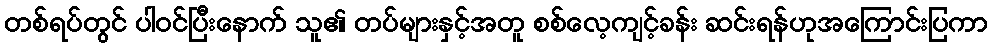
တစ်ရပ်တွင် ပါဝင်ပြီးနောက် သူ၏ တပ်များနှင့်အတူ စစ်လေ့ကျင့်ခန်း ဆင်းရန်ဟုအကြောင်းပြကာ